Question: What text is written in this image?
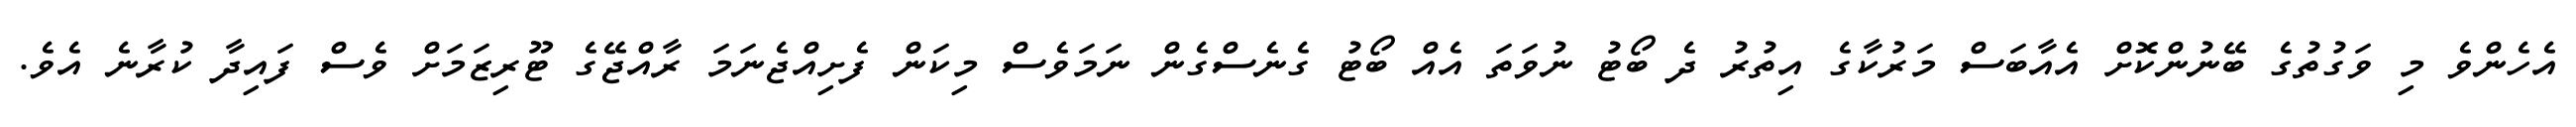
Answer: އެހެންވެ މި ވަގުތުގެ ބޭނުންކޮށް އެއާބަސް މަރުކާގެ އިތުރު ދެ ބޯޓު ނުވަތަ އެއް ބޯޓު ގެނެސްގެން ނަމަވެސް މިކަން ފެށިއްޖެނަމަ ރާއްޖޭގެ ޓޫރިޒަމަށް ވެސް ފައިދާ ކުރާނެ އެވެ.